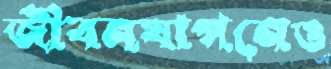
জীবনযাপনেও